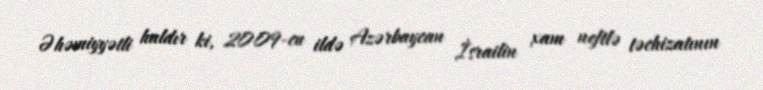
Əhəmiyyətli haldır ki, 2009-cu ildə Azərbaycan İsrailin xam neftlə təchizatının